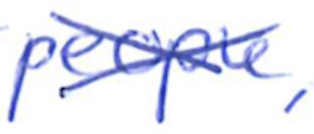
Text: people,
Cross-out: cross
Writing tool: ballpoint